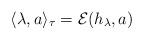
LaTeX: \begin{gather*}\langle\lambda, a\rangle_\tau={\mathcal E}(h_\lambda, a)\end{gather*}